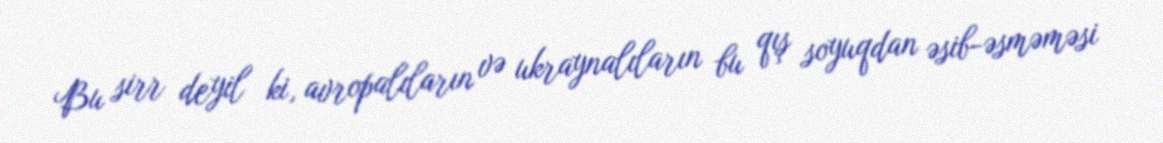
Bu sirr deyil ki, avropalıların və ukraynalıların bu qış soyuqdan əsib-əsməməsi